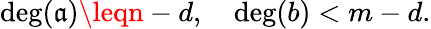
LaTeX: \deg(\mathfrak{a})\leqn-d,\quad\deg(b)<m-d.